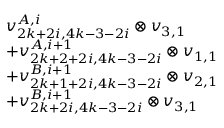
\begin{array} { r l } & { v _ { 2 k + 2 i , 4 k - 3 - 2 i } ^ { A , i } \otimes v _ { 3 , 1 } } \\ & { + v _ { 2 k + 2 + 2 i , 4 k - 3 - 2 i } ^ { A , i + 1 } \otimes v _ { 1 , 1 } } \\ & { + v _ { 2 k + 1 + 2 i , 4 k - 3 - 2 i } ^ { B , i + 1 } \otimes v _ { 2 , 1 } } \\ & { + v _ { 2 k + 2 i , 4 k - 3 - 2 i } ^ { B , i + 1 } \otimes v _ { 3 , 1 } } \end{array}